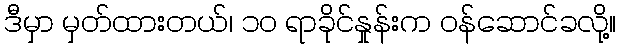
ဒီမှာ မှတ်ထားတယ်၊ ၁၀ ရာခိုင်နှုန်းက ဝန်ဆောင်ခလို့။